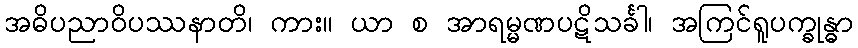
အဓိပညာဝိပဿနာတိ၊ ကား။ ယာ စ အာရမ္မဏပဋိသင်္ခါ၊ အကြင်ရူပက္ခုန္ဓာ